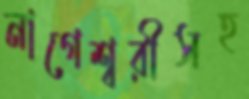
নাগেশ্বরীসহ